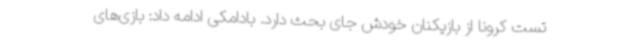
تست کرونا از بازیکنان خودش جای بحث دارد. بادامکی ادامه داد: بازی‌های